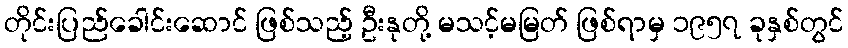
တိုင်းပြည်ခေါင်းဆောင် ဖြစ်သည့် ဦးနုတို့ မသင့်မမြတ် ဖြစ်ရာမှ ၁၉၅၇ ခုနှစ်တွင်